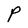
Character: P